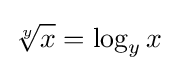
{\sqrt[{y}]{x}}=\log _{y}x